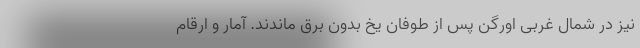
نیز در شمال غربی اورگن پس از طوفان یخ بدون برق ماندند. آمار و ارقام